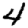
Digit: 4